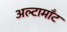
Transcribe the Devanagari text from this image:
अल्टामाँट